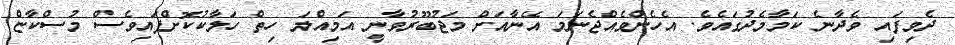
ދެވިފައި ވެދާނެ ކަމާމެދުގައެވެ. އެހެންވެއްޖެނަމަ އޭނާއަށް މަޖުބޫރުވާނީ އަމިއްލަ ހިތް ހަލާކުކޮށްފައިވެސް މުސްކާޏް